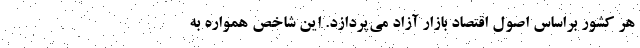
هر کشور براساس اصول اقتصاد بازار آزاد می‌پردازد. این شاخص همواره به